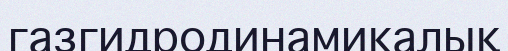
газгидродинамикалық